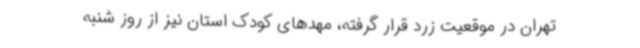
تهران در موقعیت زرد قرار گرفته، مهدهای کودک استان نیز از روز شنبه